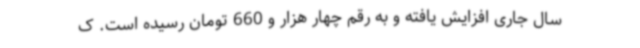
سال جاری افزایش یافته و به رقم چهار هزار و 660 تومان رسیده است. ک